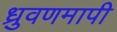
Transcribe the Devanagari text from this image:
ध्रुवणमापी